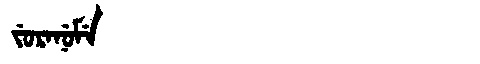
Manchu: ᠵᡠᡵᠠᠨᡠᠮᡝ
Romanization: JURANUME